Vaccination in the Punjab 1919-1929 - 1919-1929
Year: 1919
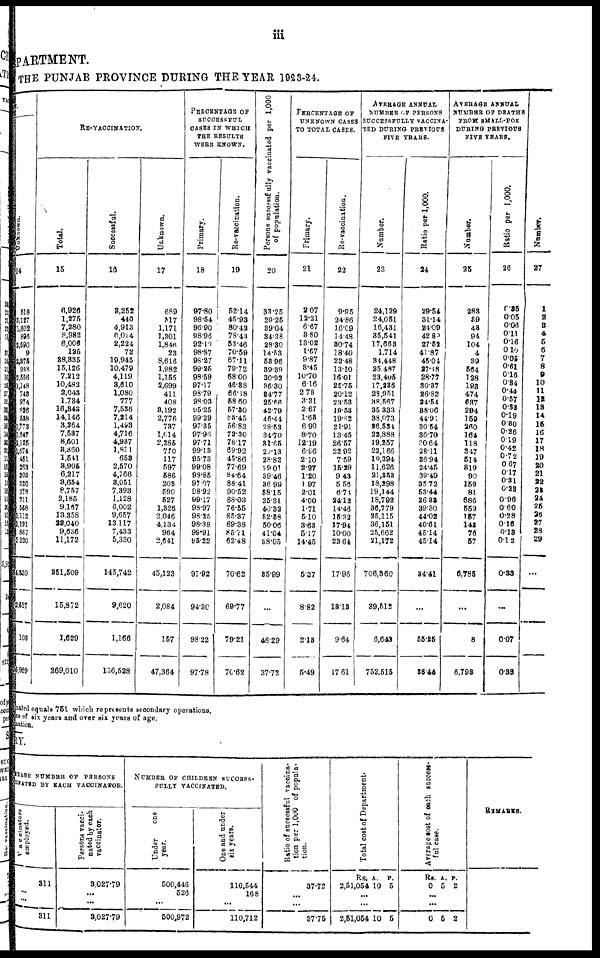
iii
PARTMENT.
THE PUNJAB PROVINCE DURING THE YEAR 1923-24.
Unknown.
14
518
3,127
1,602
896
2,590
9
2,375
938
2,556
1,148
743
974
926 538
1,773
1,647
2,125
1,674
451
263
203
326
278
711
558
1,112
1,191
867
2,220
34,339
2,527
103
6,969
RE-VACCINATION
Total.
15
6,926
1,275
7,280
8,982
6,006
125
38,335
15,126
7,212
10,482
2,043
1,734
16,343
14,146
3,364
7,537
8,601
3,860
1,541
3,905
6,217
3,654
8,757
2,185
9,167
13.358
23,040
9,636
11,172
251,509
15,872
1,629
269,010
Successful.
16
3,252
440
4,913
6,024
2,224
72
19,945
10,479
4,119
3,610
1,080
777
7,536
7,214
1,493
4,716
4,987
1,811
653
2,570
4,766
3,051
7,393
1,128
6,002
9,657
13,117
7,433
5,330
145,742
9,620
1,166
156,528
Unknown.
17
689
317
1,171
1,301
1,846
23
8,616
1,982
1,155
2,699
411
408
3,192
2,776
737
1,014
2,285
770
117
597
586
203
590
527
1,326
2,046
4,134
964
2,641
45,123
2,084
157
47,364
PERCENTAGE OF
SUCCESSFUL
CASES IN WHICH
THE RESULTS
WERE KNOWN.
Primary.
18
97.80
98.54
96.90
98.96
92.10
98.87
98.27
99.25
98.59
97.17
98.79
98.03
95.25
99.29
97.35
97.96
97.71
99.13
95.73
99.08
98.85
97.07
98.92
99.17
98.97
98.25
98.38
99.91
95.22
97.92
94.30
98.22
97.78
Re-vaccination.
19
52.14
45.93
80.42
78.43
53.46
70.59
67.11
79.72
68.00
46.83
66.18
58.60
57.80
63.45
56.83
72.30
78.17
69.92
45.86
77.69
84.64
88.41
90.52
68.03
76.55
85.37
69.38
85.71
62.48
70.62
69.77
79.21
70.62
Persons successfully vaccinated per 1,000
of population.
20
33.25
29.25
39.04
34.38
28.30
14.53
53.96
39.39
30.92
36.30
24.77
25.66
42.79
46.44
28.53
34.70
31.65
29.13
28.82
29.01
39.46
86. 99
58.15
25.31
40.32
52.58
50.06
41.04
38.05
85.99
...
48.29
37.72
PERCENTAGE OF
UNKNOWN CASES
TO TOTAL CASES.
Primary.
21
2.07
12.21
6.67
3.80
13.02
1.67
9.87
3.45
10.70
6.16
2.78
3.31
2.67
1.68
6. 90
8.70
12.19
6.96
2.10
2.27
1.20
1.97
2.01
4.00
1.71
5.10
3.63
5.17
14.45
5.37
8.82
2.13
5.49
Re-vaccination.
22
9.95
24.86
16.09
14.48
30.74
18.40
22.48
13.10
16.01
25.75
20.12
23.53
19.53
19.62
21.91
13.45
26.57
22.92
7.59
15.29
9. 43
5.56
6.74
24.12
14.46
15.32
17.94
10.00
23.64
17.96
13.13
9.64
17. 61
AVERAGE ANNUAL
NUMBER OF PERSONS
SUCCESSFULLY VACCINA¬
TED DURING PREVIOUS
FIVE YEARS.
Number.
23
24,129
24,051
16,431
35,541
17,663
1,714
34,448
25.487
23,405
17,236
28,951
38,567
35,333
38,073
26.534
22,888
19,257
23,166
19,394
11,626
21,353
18,298
19,144
18,792
36,779
25,115
36,151
25,662
21,172
706,360
39,512
6,643
752,515
Ratio per 1,000.
24
29.54
31.14
24.09
42.89
27.52
41.87
45.04
27.48
28.77
30.37
26.82
34.54
88.06
44.91
30.54
36.70
30.64
28.11
26.94
24.45
39.49
35.72
53.44
26.32
39.30
44.02
40.61
45.14
45.14
34.41
...
55.25
36.44
AVERAGE ANNUAL
NUMBER OF DEATH
FROM SMALL-POX
DURING PREVIOUS
FIVE YEARS.
Number.
25
283
39
43
94
104
4
39
564
128
193
474
637
294
159
260
164
118
347
514
319
90
159
81
686
559
157
143
76
57
6,785
...
8
6,793
Ratio per 1,000.
26
0.35
0.05
0.06
0.11
0.16
0.10
0.05
0.61
0.16
0.34
0.44
0.57
0.32
0.19
0.30
0.26
0.19
0.42
0.72
0.67
0.17
0.31
0.23
0.96
0.60
0.28
0.16
0.13
0.12
0.33
...
0.07
0.39
Number.
27
1
2
3
4
5
6
7
8
9
10
11
12
13
14
15
16
17
18
19
20
21
22
23
24
25
26
27
28
29
...
Dated equals 751 which represents secondary operations.
ns of six years and over six years of age.
nation.
RY.
AVERAGE NUMBER OF PERSONS
VACCINATED
BY EACH VACCINATOR.
Vaccinators
employed.
311
...
...
311
Persons vacci-
nated
by each
vaccinator.
3,027.79
...
...
3,027.79
NUMBER OF CHILDREN SUCCESS-
FULLY VACCINATED.
Under
one
year.
500,446
526
...
500,972
One and under
six years.
110,544
168
...
110,712
Ratio of successful vaccina-
tion per 1,000 of popula-
tion.
37.72
...
...
37.75
Total cost of Department.
Rs.
2,51,054
A.
10
P.
5
...
...
2,51,054 10 5
Average cost of each success-
ful case.
Rs.
0
A.
5
P.
2
...
...
0 5 2
REMARKS.